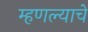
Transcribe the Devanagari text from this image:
म्हणल्याचे